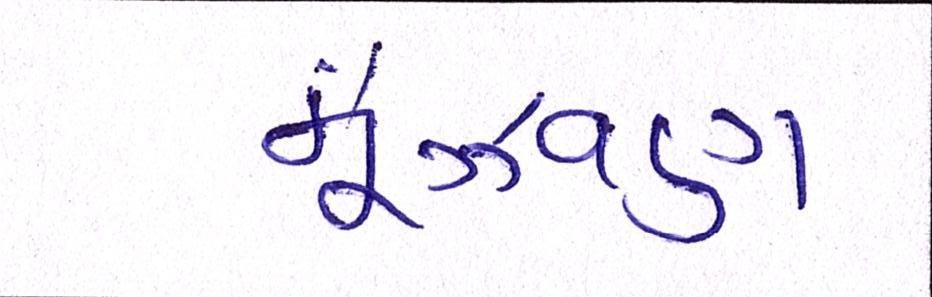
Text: મૂંઝવણ